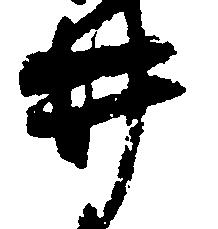
井